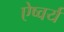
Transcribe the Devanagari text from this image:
ऐष्वर्य